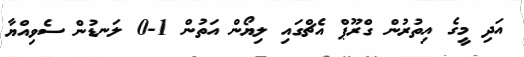
އަދި މީގެ އިތުރުން ގްރޫޕް އެޗްގައި ލިޔޯން އަތުން 1-0 ލަނޑުން ސެވިއްޔާ